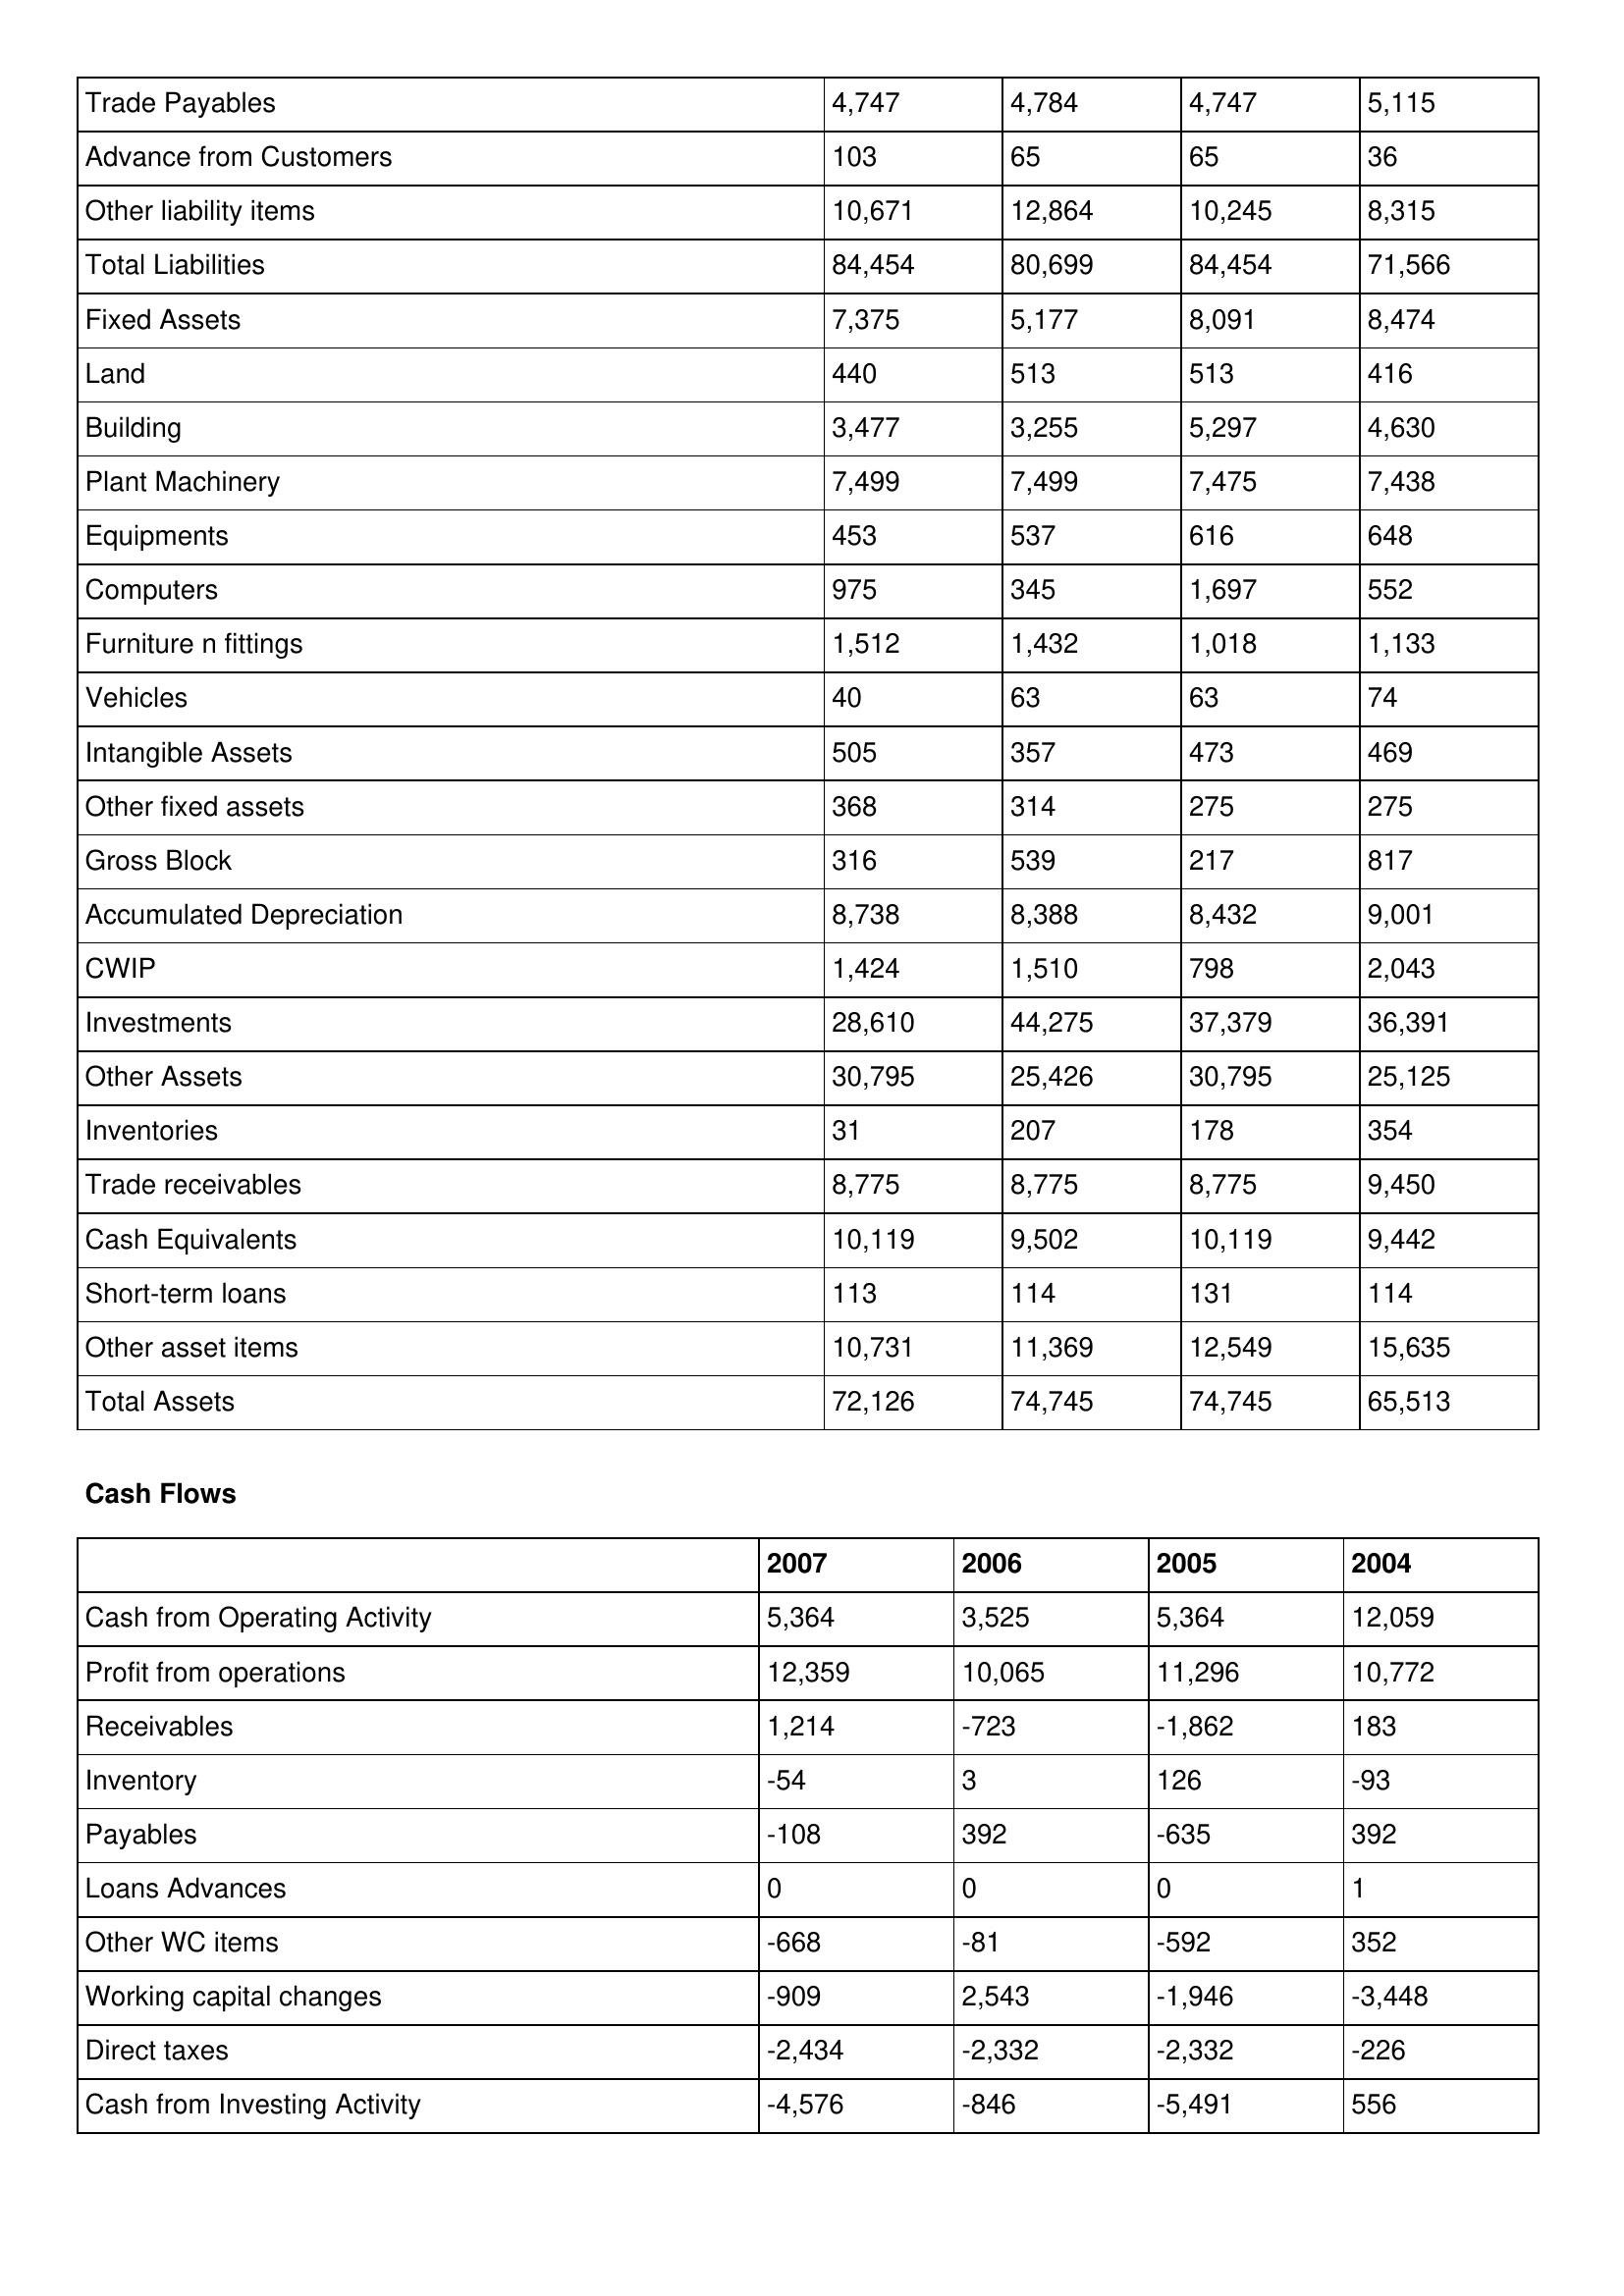
gt_parse: 2007: Balance Sheet: Trade Payables: 4,747
Advance from Customers: 103
Other liability items: 10,671
Total Liabilities: 84,454
Fixed Assets: 7,375
Land: 440
Building: 3,477
Plant Machinery: 7,499
Equipments: 453
Computers: 975
Furniture n fittings: 1,512
Vehicles: 40
Intangible Assets: 505
Other fixed assets: 368
Gross Block: 316
Accumulated Depreciation: 8,738
CWIP: 1,424
Investments: 28,610
Other Assets: 30,795
Inventories: 31
Trade receivables: 8,775
Cash Equivalents: 10,119
Short-term loans: 113
Other asset items: 10,731
Total Assets: 72,126
Cash Flows: Cash from Operating Activity: 5,364
Profit from operations: 12,359
Receivables: 1,214
Inventory: -54
Payables: -108
Loans Advances: 0
Other WC items: -668
Working capital changes: -909
Direct taxes: -2,434
Cash from Investing Activity: -4,576
2006: Balance Sheet: Trade Payables: 4,784
Advance from Customers: 65
Other liability items: 12,864
Total Liabilities: 80,699
Fixed Assets: 5,177
Land: 513
Building: 3,255
Plant Machinery: 7,499
Equipments: 537
Computers: 345
Furniture n fittings: 1,432
Vehicles: 63
Intangible Assets: 357
Other fixed assets: 314
Gross Block: 539
Accumulated Depreciation: 8,388
CWIP: 1,510
Investments: 44,275
Other Assets: 25,426
Inventories: 207
Trade receivables: 8,775
Cash Equivalents: 9,502
Short-term loans: 114
Other asset items: 11,369
Total Assets: 74,745
Cash Flows: Cash from Operating Activity: 3,525
Profit from operations: 10,065
Receivables: -723
Inventory: 3
Payables: 392
Loans Advances: 0
Other WC items: -81
Working capital changes: 2,543
Direct taxes: -2,332
Cash from Investing Activity: -846
2005: Balance Sheet: Trade Payables: 4,747
Advance from Customers: 65
Other liability items: 10,245
Total Liabilities: 84,454
Fixed Assets: 8,091
Land: 513
Building: 5,297
Plant Machinery: 7,475
Equipments: 616
Computers: 1,697
Furniture n fittings: 1,018
Vehicles: 63
Intangible Assets: 473
Other fixed assets: 275
Gross Block: 217
Accumulated Depreciation: 8,432
CWIP: 798
Investments: 37,379
Other Assets: 30,795
Inventories: 178
Trade receivables: 8,775
Cash Equivalents: 10,119
Short-term loans: 131
Other asset items: 12,549
Total Assets: 74,745
Cash Flows: Cash from Operating Activity: 5,364
Profit from operations: 11,296
Receivables: -1,862
Inventory: 126
Payables: -635
Loans Advances: 0
Other WC items: -592
Working capital changes: -1,946
Direct taxes: -2,332
Cash from Investing Activity: -5,491
2004: Balance Sheet: Trade Payables: 5,115
Advance from Customers: 36
Other liability items: 8,315
Total Liabilities: 71,566
Fixed Assets: 8,474
Land: 416
Building: 4,630
Plant Machinery: 7,438
Equipments: 648
Computers: 552
Furniture n fittings: 1,133
Vehicles: 74
Intangible Assets: 469
Other fixed assets: 275
Gross Block: 817
Accumulated Depreciation: 9,001
CWIP: 2,043
Investments: 36,391
Other Assets: 25,125
Inventories: 354
Trade receivables: 9,450
Cash Equivalents: 9,442
Short-term loans: 114
Other asset items: 15,635
Total Assets: 65,513
Cash Flows: Cash from Operating Activity: 12,059
Profit from operations: 10,772
Receivables: 183
Inventory: -93
Payables: 392
Loans Advances: 1
Other WC items: 352
Working capital changes: -3,448
Direct taxes: -226
Cash from Investing Activity: 556